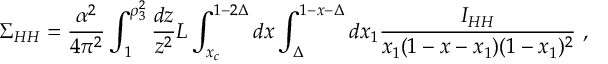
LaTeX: \Sigma _ { H H } = \frac { \alpha ^ { 2 } } { 4 \pi ^ { 2 } } \int _ { 1 } ^ { \rho _ { 3 } ^ { 2 } } \frac { d z } { z ^ { 2 } } L \int _ { x _ { c } } ^ { 1 - 2 \Delta } d x \int _ { \Delta } ^ { 1 - x - \Delta } d x _ { 1 } \frac { I _ { H H } } { x _ { 1 } ( 1 - x - x _ { 1 } ) ( 1 - x _ { 1 } ) ^ { 2 } } \ ,